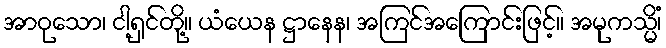
အာဝုသော၊ ငါ့ရှင်တို့။ ယံယေန ဋ္ဌာနေန၊ အကြင်အကြောင်းဖြင့်။ အမုကသ္မိံ၊